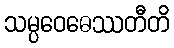
သမ္ပဝေဓေဿတီတိ